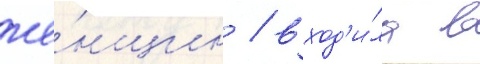
же́нщин / вход'и́ла в